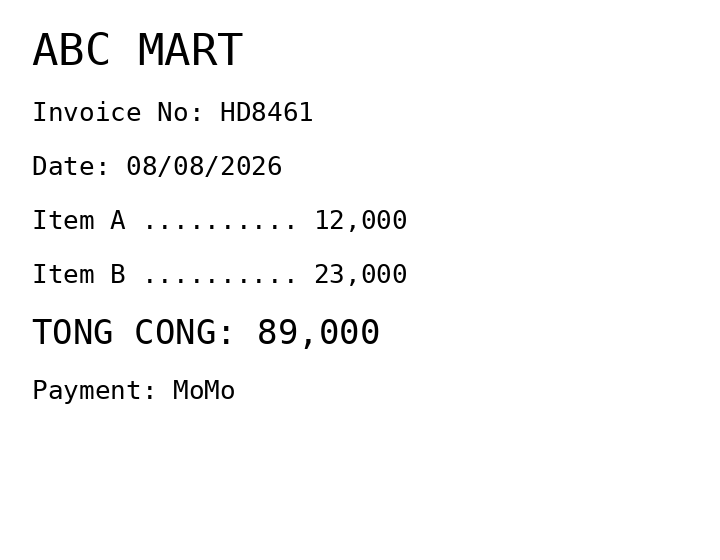
ABC MART
Invoice No: HD8461
Date: 08/08/2026
Item A .......... 12,000
Item B .......... 23,000
TONG CONG: 89,000
Payment: MoMo
Merchant: abc mart
Date: 2026-08-08
Total: 89000
Invoice No: HD8461
Payment method: MOMO